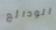
الودائع